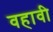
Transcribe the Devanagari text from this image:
वहावी